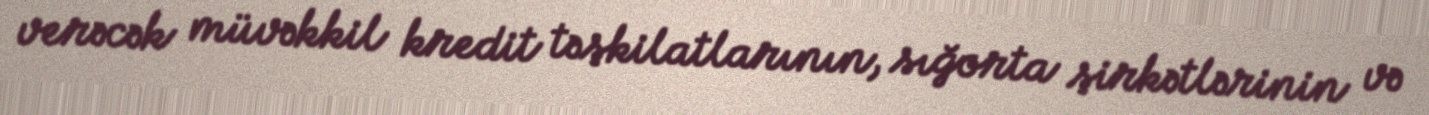
verəcək müvəkkil kredit təşkilatlarının, sığorta şirkətlərinin və